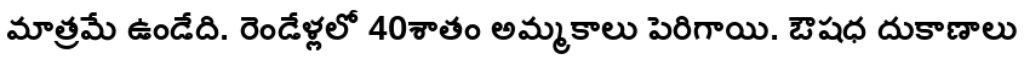
మాత్రమే ఉండేది. రెండేళ్లలో 40శాతం అమ్మకాలు పెరిగాయి. ఔషధ దుకాణాలు